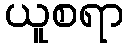
ယူစရာ